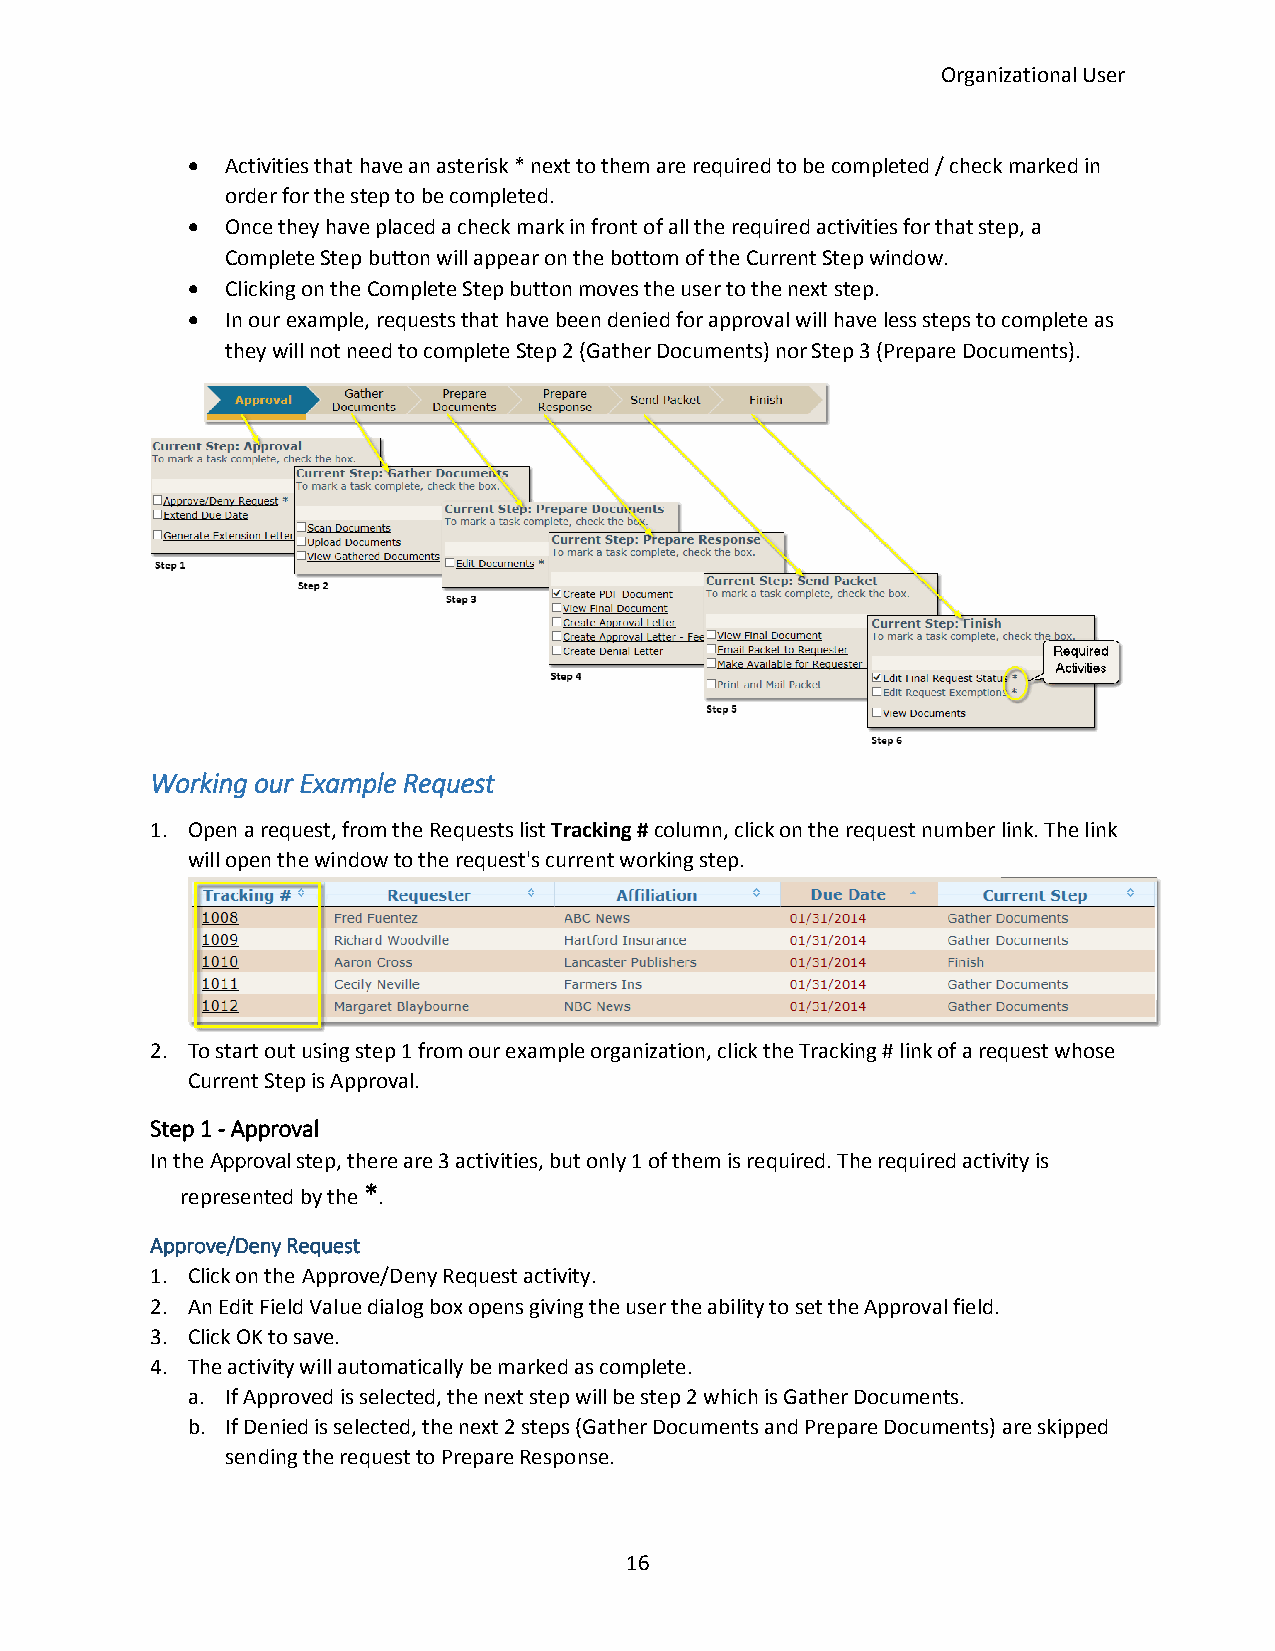
Organizational User
   Activities that have an asterisk * next to them are required to be completed / check marked in
 order for the step to be completed.
   Once they have placed a check mark in front of all the required activities for that step, a
 Complete Step button will appear on the bottom of the Current Step window.
   Clicking on the Complete Step button moves the user to the next step.
   In our example, requests that have been denied for approval will have less steps to complete as
 they will not need to complete Step 2 (Gather Documents) nor Step 3 (Prepare Documents).
 Working our Example Request
 1. Open a request, from the Requests list Tracking # column, click on the request number link. The link
 will open the window to the request's current working step.
 2. To start out using step 1 from our example organization, click the Tracking # link of a request whose
 Current Step is Approval.
 Step 1 - Approval
 In the Approval step, there are 3 activities, but only 1 of them is required. The required activity is
 represented by the *.
 Approve/Deny Request
 1. Click on the Approve/Deny Request activity.
 2. An Edit Field Value dialog box opens giving the user the ability to set the Approval field.
 3. Click OK to save.
 4. The activity will automatically be marked as complete.
 a. If Approved is selected, the next step will be step 2 which is Gather Documents.
 b. If Denied is selected, the next 2 steps (Gather Documents and Prepare Documents) are skipped
 sending the request to Prepare Response.
 16